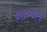
માબન